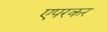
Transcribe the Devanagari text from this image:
एपरकर